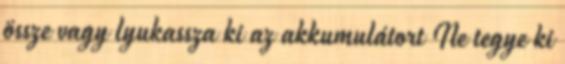
össze vagy lyukassza ki az akkumulátort Ne tegye ki